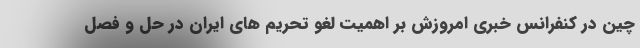
چین در کنفرانس خبری امروزش بر اهمیت لغو تحریم های ایران در حل و فصل